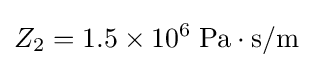
Z_{2}=1.5\times 10^{6}\;\mathrm {Pa\cdot s/m}